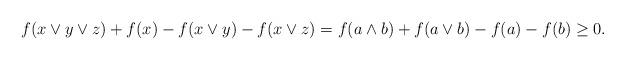
LaTeX: \begin{align*}f(x\vee y\vee z)+f(x)- f(x\vee y)-f(x\vee z)=f(a\wedge b)+ f(a\vee b)-f(a)-f(b)\ge0.\end{align*}